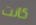
كانت